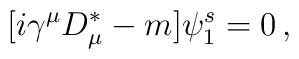
[i\gamma^\mu D_\mu^\ast - m ] \psi_1^s = 0\, ,\\